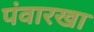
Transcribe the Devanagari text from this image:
पंवारखा